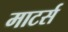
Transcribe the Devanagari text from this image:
माटर्स